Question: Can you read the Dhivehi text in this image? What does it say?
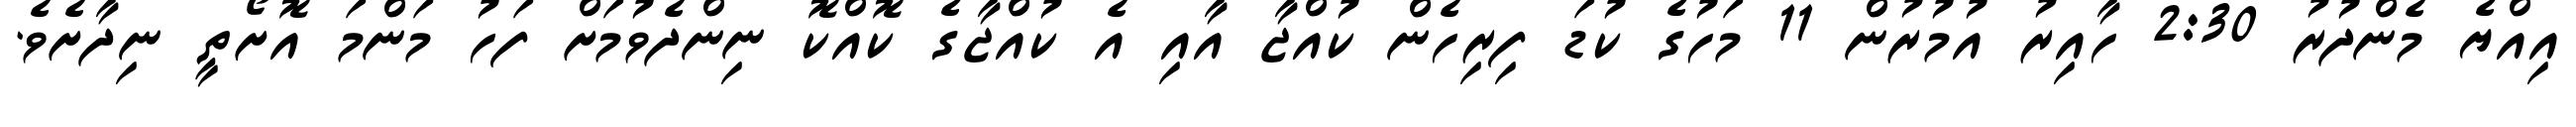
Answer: އިއްޔެ މެންދުރު 2:30 ހާއިރު އުމުރުން 11 މަހުގެ ކުޑަ ފިރިހެން ކުއްޖާ އާއި އެ ކުއްޖާގެ ކޮއްކޮ ނިންދެވުމަށް ފަހު މަންމަ އޮށޯތީ ނިދާށެވެ.